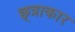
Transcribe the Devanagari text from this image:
छ्त्राकार